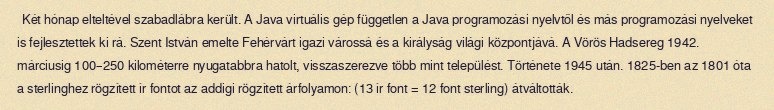
Két hónap elteltével szabadlábra került. A Java virtuális gép független a Java programozási nyelvtől és más programozási nyelveket is fejlesztettek ki rá. Szent István emelte Fehérvárt igazi várossá és a királyság világi központjává. A Vörös Hadsereg 1942. márciusig 100–250 kilométerre nyugatabbra hatolt, visszaszerezve több mint települést. Története 1945 után. 1825-ben az 1801 óta a sterlinghez rögzített ír fontot az addigi rögzített árfolyamon: (13 ír font = 12 font sterling) átváltották.